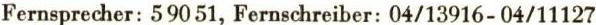
Fernsprecher: 59051, Fernschreiber: 04/13916-04/11127